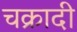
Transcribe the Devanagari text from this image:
चक्रादी